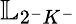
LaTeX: \mathbb{L}_{2^{-}K^{-}}